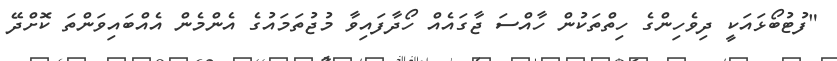
"ފުޓުބޯޅައަކީ ދިވެހިންގެ ހިތްތަކުން ހާއްސަ ޖާގައެއް ހޯދާފައިވާ މުޖުތަމައުގެ އެންމެން އެއްބައިވަންތަ ކޮށްދޭ